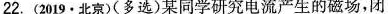
22.(2019·北京)(多选)某同学研究电流产生的磁场，闭